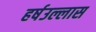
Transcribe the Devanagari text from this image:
हर्षउल्लास